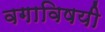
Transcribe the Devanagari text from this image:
वगाविषयी